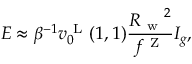
E \approx \beta ^ { - 1 } v _ { 0 } ^ { \mathrm { ~ L ~ } } ( 1 , 1 ) \frac { { R _ { \mathrm { ~ w ~ } } } ^ { 2 } } { f ^ { \mathrm { ~ Z ~ } } } I _ { g } ,